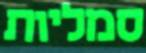
סמליות